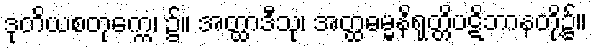
ဒုတိယစတုက္ကေ၊ ၌။ အတ္ထာဒီသု၊ အတ္ထဓမ္မနိရုတ္တိပဋိဘာနတို့၌။